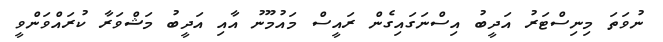
ނުވަތަ މިނިސްޓަރު އަދީބު އިސްނަގައިގެން ރައީސް މައުމޫނު އާއި އަދީބު މަޝްވަރާ ކުރައްވަންވީ